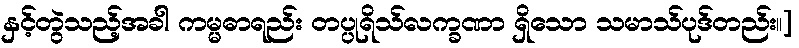
နှင့်တွဲသည့်အခါ ကမ္မဓာရည်း တပ္ပုရိသ်လက္ခဏာ ရှိသော သမာသ်ပုဒ်တည်း။]